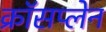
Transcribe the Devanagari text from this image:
क्रॉसप्लेन